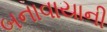
બનાવાયાની